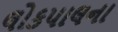
લોકપાલના